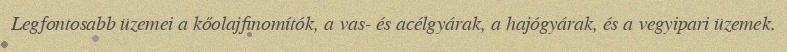
Legfontosabb üzemei a kőolajfinomítók, a vas- és acélgyárak, a hajógyárak, és a vegyipari üzemek.